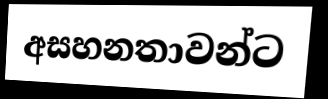
අසහනතාවන්ට